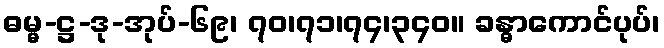
ဓမ္မ-ဋ္ဌ-ဒု-အုပ်-၆၉၊ ၇၀၊၇၁၊၇၄၊၃၄၀။ ခန္ဓာကောင်ပုပ်၊